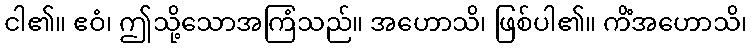
ငါ၏။ ဧဝံ၊ ဤသို့သောအကြံသည်။ အဟောသိ၊ ဖြစ်ပါ၏။ ကိံအဟောသိ၊